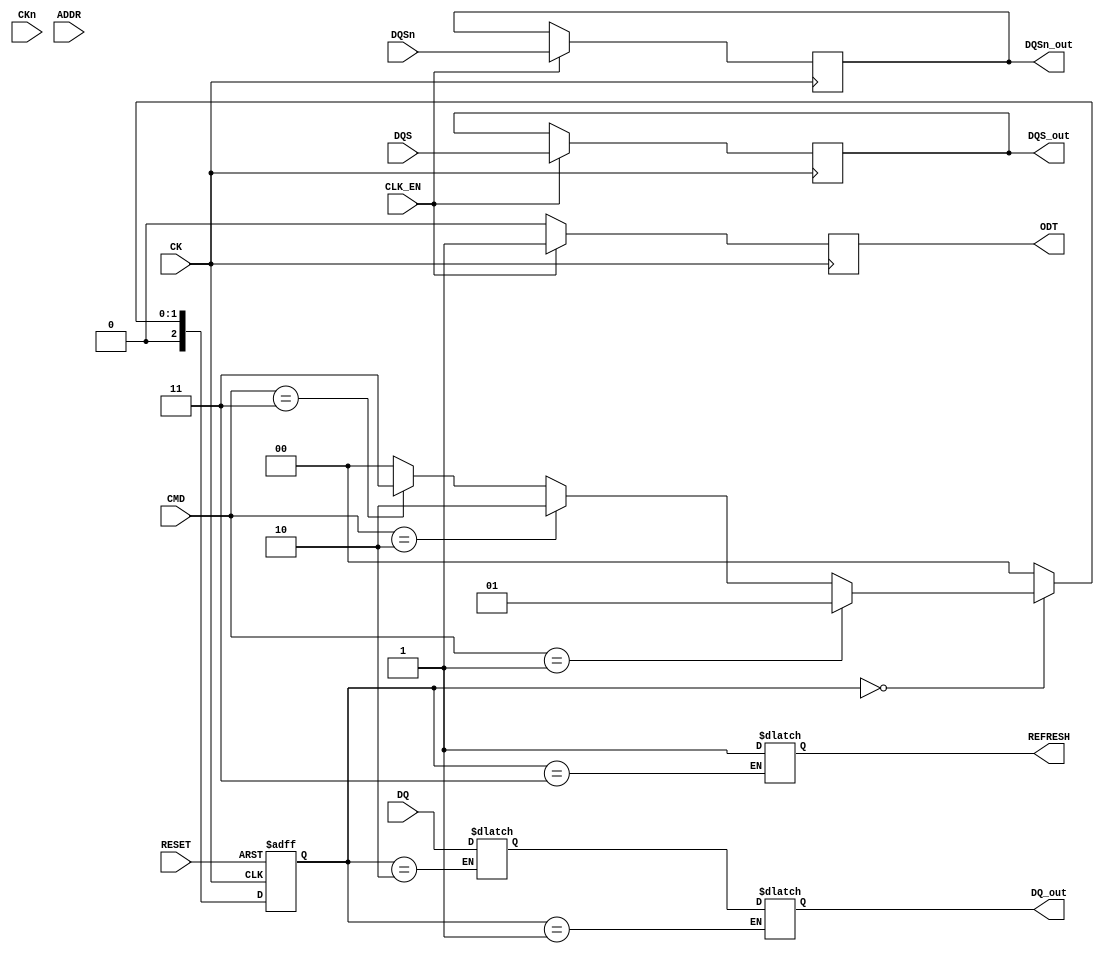
module ddr5_io_block (
    input wire        CK,         // Differential Clock Input
    input wire        CKn,        // Differential Clock Input (inverted)
    input wire [63:0] DQ,        // Data Input/Output Bus
    input wire [7:0]  DQS,       // Data Strobe Signals
    input wire [7:0]  DQSn,      // Inverted Data Strobe Signals
    input wire [15:0] ADDR,      // Address Bus
    input wire [3:0]  CMD,       // Command Bus
    output reg [63:0] DQ_out,    // Data Output Bus
    output reg [7:0]  DQS_out,    // Data Strobe Output
    output reg [7:0]  DQSn_out,   // Inverted Data Strobe Output
    output reg        ODT,        // On-Die Termination Control
    output reg        REFRESH,     // Refresh Control
    input wire        RESET,      // Reset Signal
    input wire        CLK_EN       // Clock Enable
);

    // Parameters
    parameter IDLE      = 3'b000, 
              READ      = 3'b001, 
              WRITE     = 3'b010, 
              REFRESH_STATE = 3'b011,
              PRECHARGE = 3'b100;

    reg [2:0] state, next_state;
    reg [63:0] data_buffer;
    reg [15:0] address_buffer;

    // State Machine
    always @(posedge CK or negedge RESET) begin
        if (!RESET)
            state <= IDLE;
        else
            state <= next_state;
    end

    always @(*) begin
        case (state)
            IDLE: begin
                if (CMD == 4'b0001) // Example: READ Command
                    next_state = READ;
                else if (CMD == 4'b0010) // Example: WRITE Command
                    next_state = WRITE;
                else if (CMD == 4'b0011) // Example: REFRESH Command
                    next_state = REFRESH_STATE;
                else
                    next_state = IDLE;
            end
            READ: begin
                // Logic for read operation
                DQ_out = data_buffer; // Output the buffered data
                next_state = IDLE; // Go back to idle after read
            end
            WRITE: begin
                // Logic for write operation
                data_buffer = DQ; // Buffer incoming data
                next_state = IDLE; // Go back to idle after write
            end
            REFRESH_STATE: begin
                REFRESH = 1; // Activate refresh
                next_state = IDLE; // Go back to idle
            end
            default: next_state = IDLE;
        endcase
    end

    // Data Strobe Management
    always @(posedge CK) begin
        if (CLK_EN) begin
            DQS_out <= DQS;    // Output DQS
            DQSn_out <= DQSn;  // Output DQSn
        end
    end

    // On-Die Termination Control
    always @(posedge CK) begin
        if (CLK_EN) begin
            ODT <= 1; // Enable ODT for data integrity
        end else begin
            ODT <= 0; // Disable ODT when clock is not enabled
        end
    end

endmodule